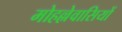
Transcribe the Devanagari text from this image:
मोहल्लेवासियों